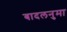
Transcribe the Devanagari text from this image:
बादलनुमा